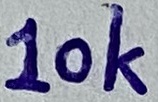
Text: 10K